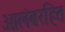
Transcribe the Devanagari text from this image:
आलंबरहित